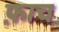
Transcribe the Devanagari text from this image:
फ़ाच